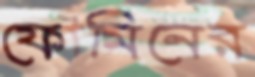
ফোমিনের